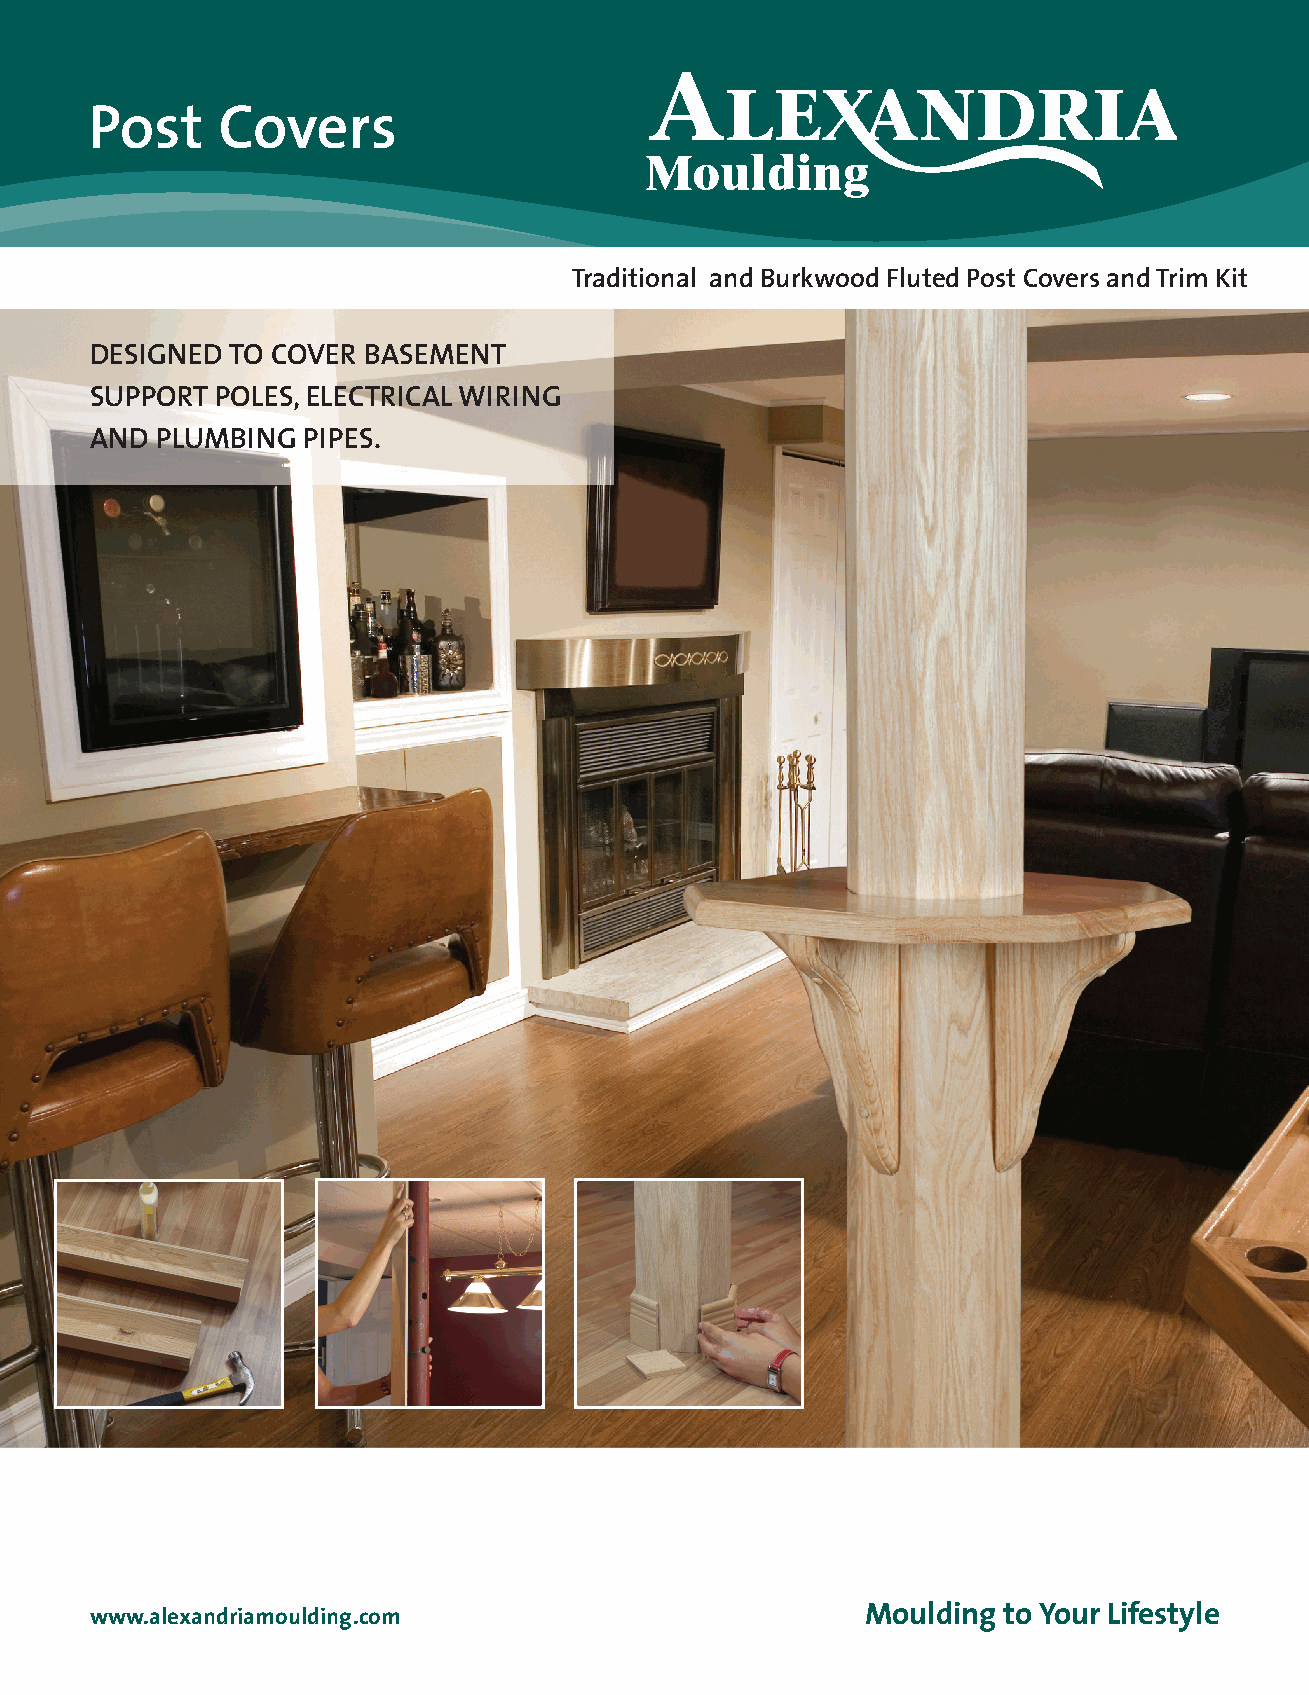
Post    Covers
 Traditional and Burkwood Fluted Post Covers and Trim Kit
 DESIGNED TO COVER BASEMENT
 SUPPORT POLES, ELECTRICAL WIRING
 AND PLUMBING  PIPES.
 Moulding to Your Lifestyle
 www.alexandriamoulding.com